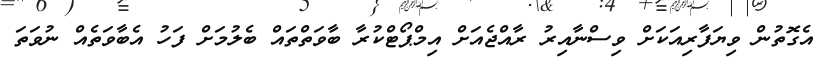
އެގޮތުން ވިޔަފާރިއަކަށް ވިސްނާއިރު ރާއްޖެއަށް އިމްޕޯޓްކުރާ ބާވަތްތައް ބެލުމަށް ފަހު އެބާވަތެއް ނުވަތަ